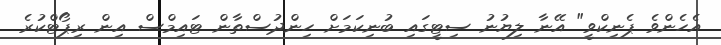
އެހެންވެ ޕެނިކްވީ" އޭނާ ލިޔުނު ސިޓީގައި ބުނިކަމަށް ހިންދުސްތާން ޓައިމްސް އިން ރިޕޯޓްކުރެ